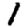
Digit: 1